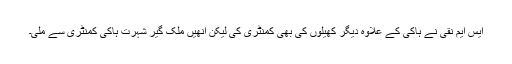
ایس ایم نقی نے ہاکی کے علاوہ دیگر کھیلوں کی بھی کمنٹری کی لیکن انھیں ملک گیر شہرت ہاکی کمنٹری سے ملی۔